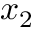
x _ { 2 }